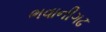
ભવાનીગઢ